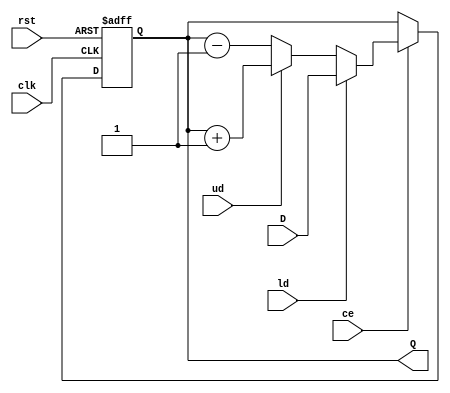
module UD_counter #(parameter bus_width = 4)(
    input clk,                            // Synchronous Clock
    input rst,                            // Synchronous Reset
    input [bus_width - 1 : 0] D,          // Input Data
    input ld,                             // Control Signal - load
    input ud,                             // Control Signal - up/down
    input ce,                             // Control Signal - clock enable
    output reg [bus_width - 1 : 0] Q      // Output Data
    );
    
always @ (posedge clk, negedge rst)
begin
    if (!rst)
        Q = 0;
    else if (ce)
        begin
            if (ld)
                Q = D;
            else if (ud)
                Q = Q + 1'b1;
            else
                Q = Q - 1'b1;
        end
    else
        Q = Q;
end
endmodule